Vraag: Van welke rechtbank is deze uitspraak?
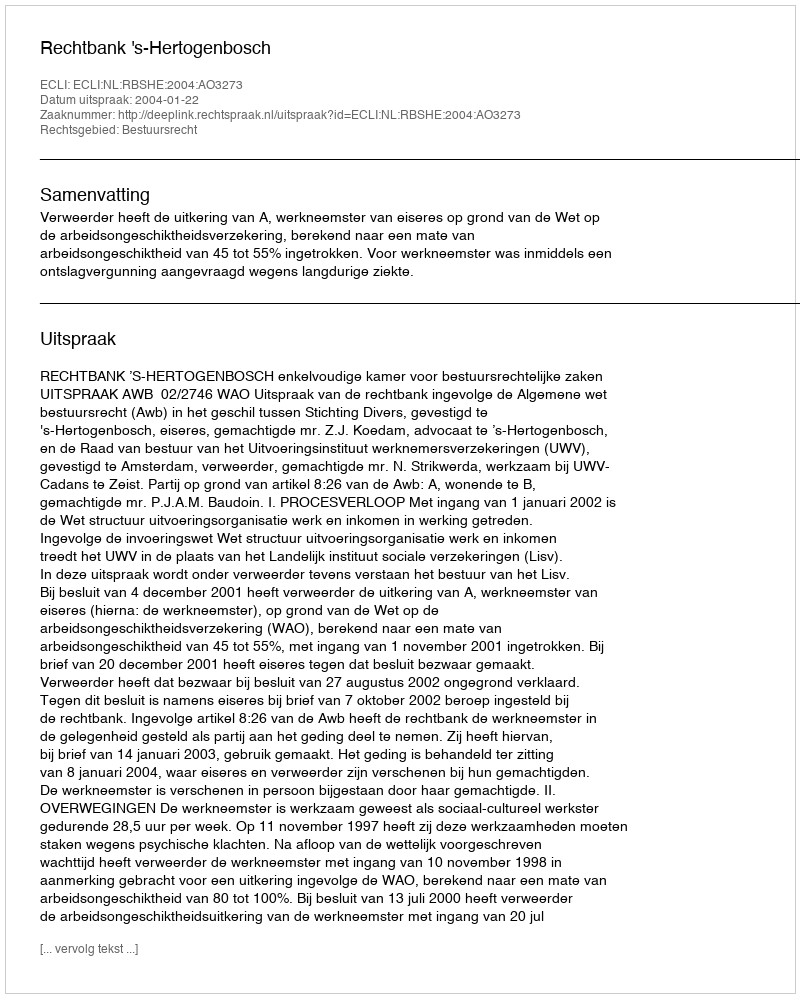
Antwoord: Rechtbank 's-Hertogenbosch